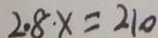
2 . 8 \cdot x = 2 1 0